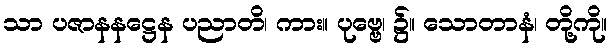
သာ ပဇာနနဋ္ဌေန ပညာတိ၊ ကား။ ပုဗ္ဗေ၊ ၌။ သောတာနံ၊ တို့ကို။